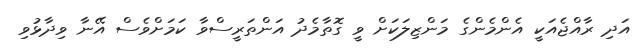
އަދި ރާއްޖެއަކީ އެންމެންގެ މަންޒިލަކަށް ވީ ގޮތާމެދު އަންތަރީސްވާ ކަމަށްވެސް އޭނާ ވިދާޅުވި